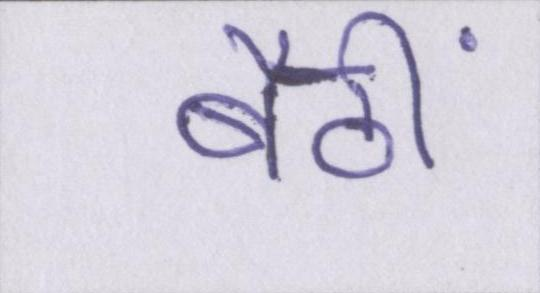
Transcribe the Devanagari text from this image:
बैठीं